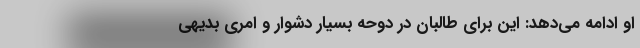
او ادامه می‌دهد: این برای طالبان در دوحه بسیار دشوار و امری بدیهی